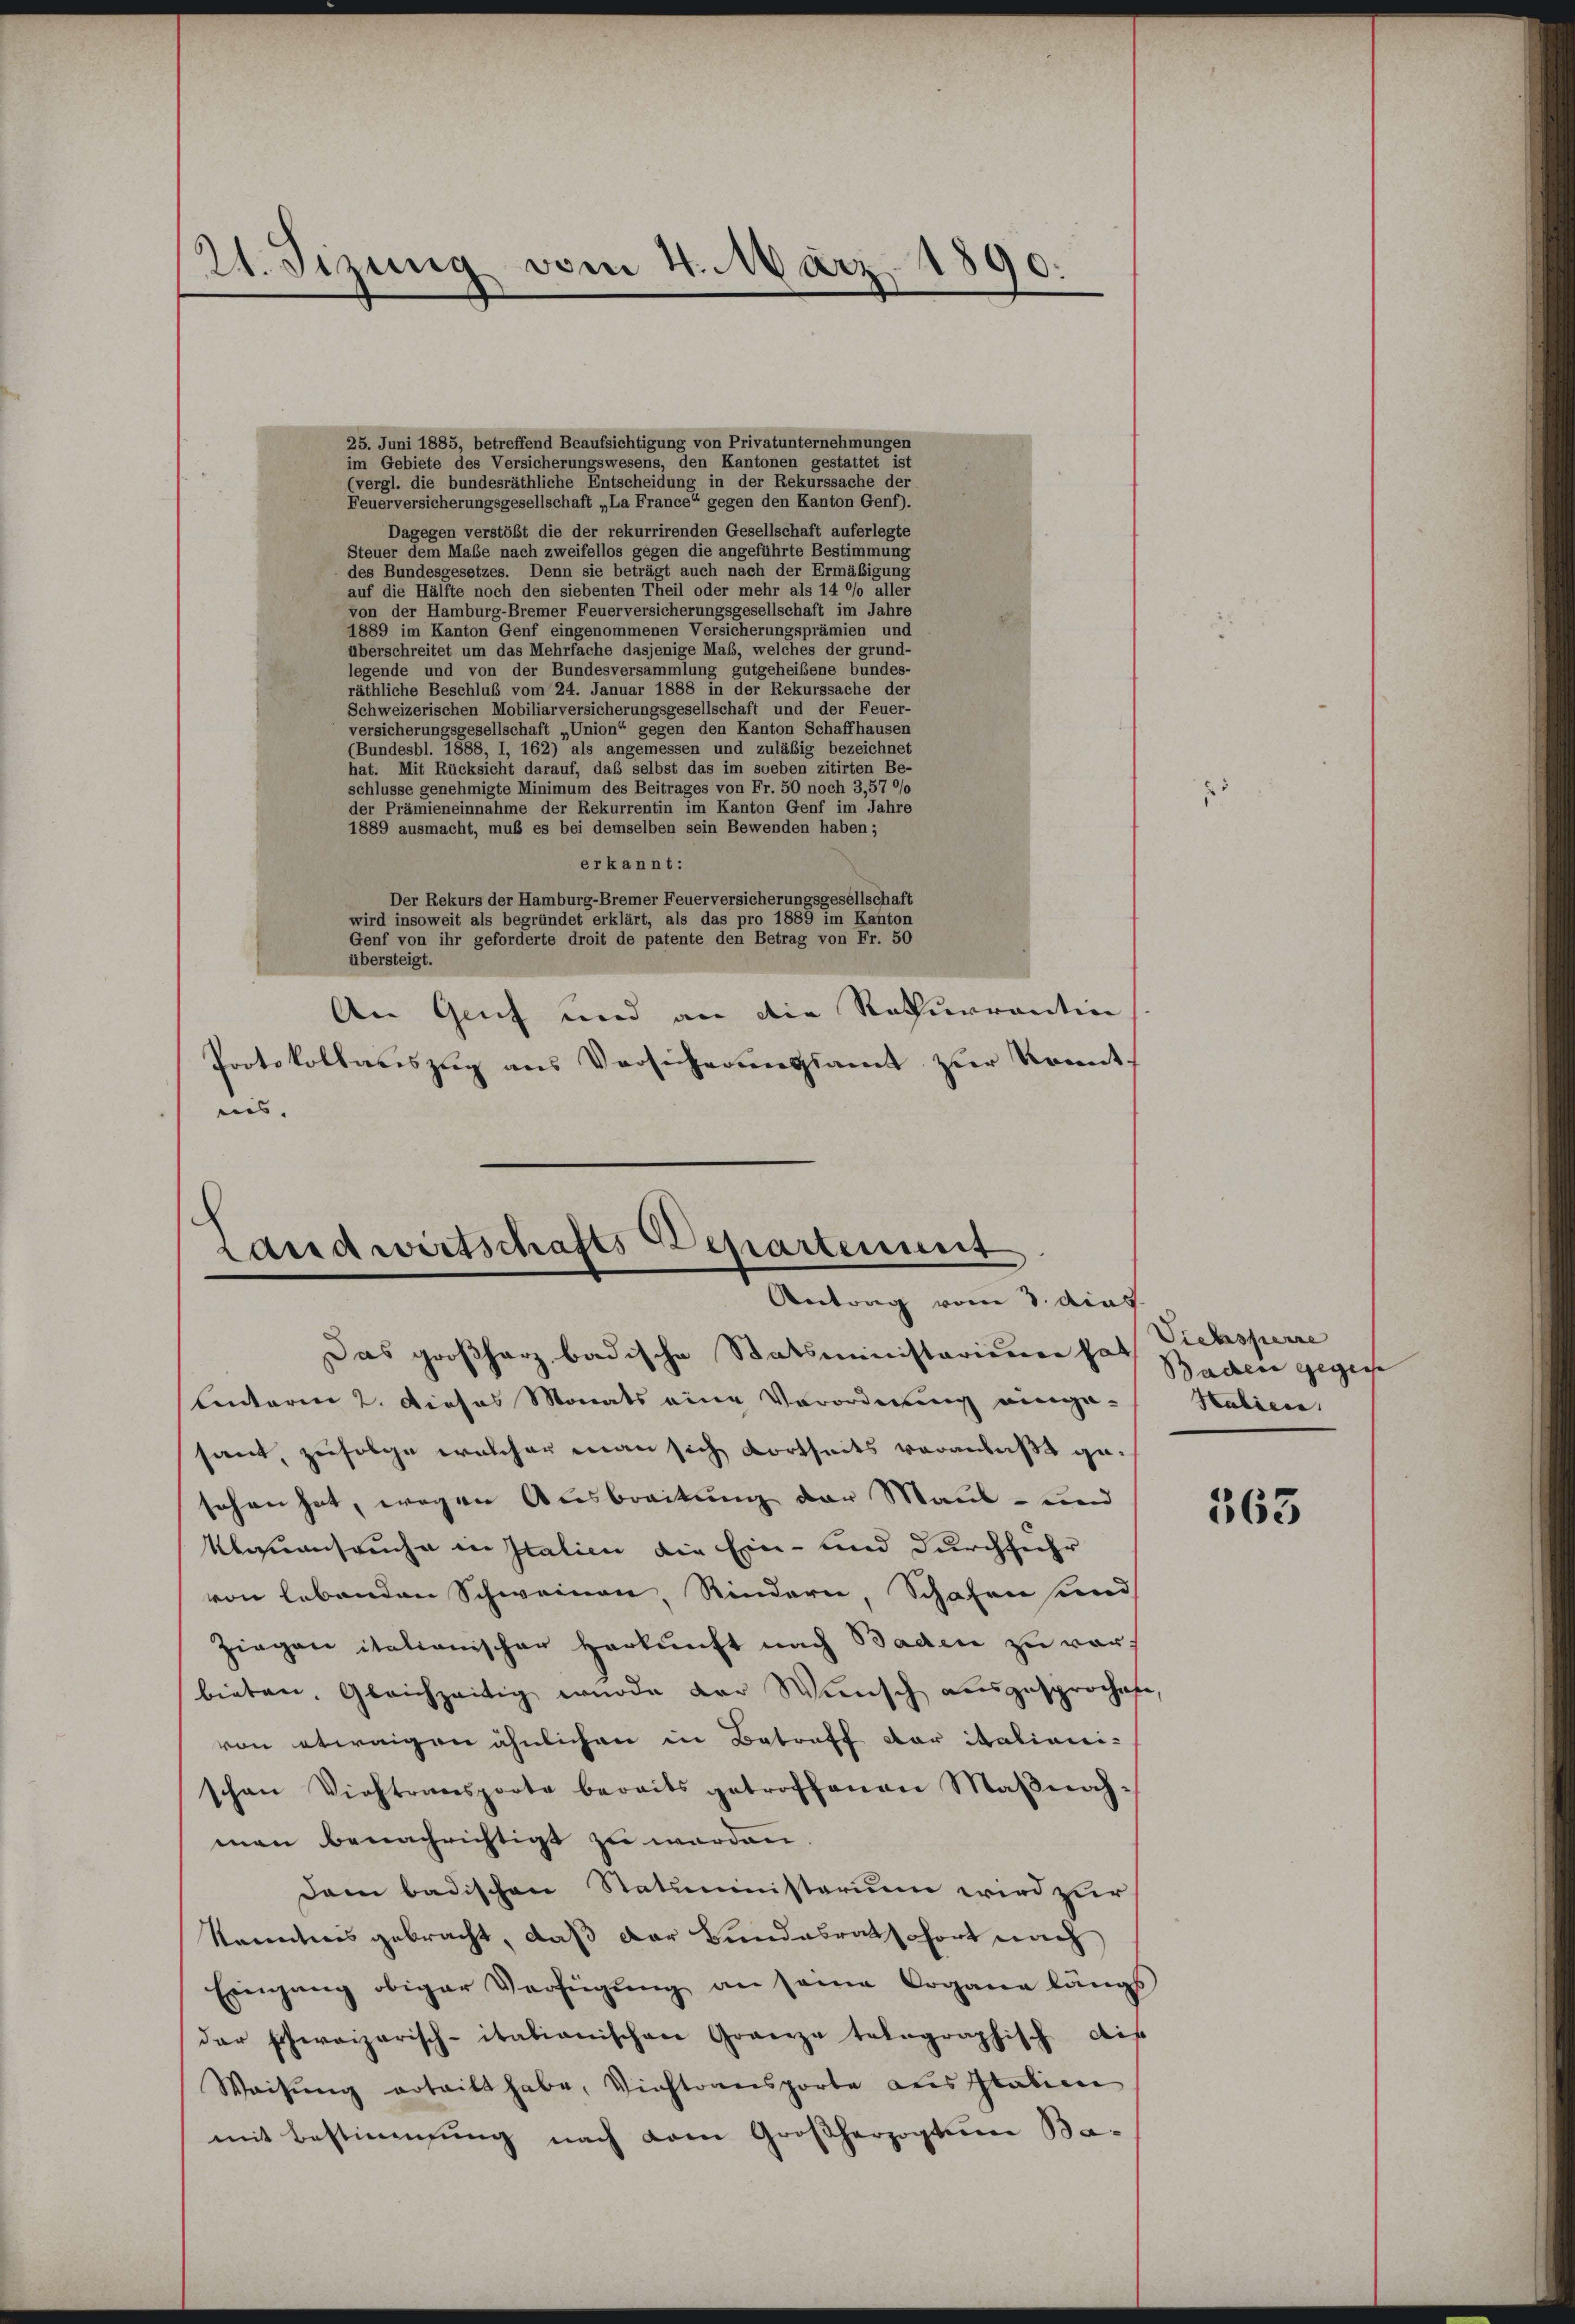
21. dirung vom 4. März 1890.

25. Juni 1885, betreffend Beaufsichtigung von Privatunternehmungen
im Gebiete des Versicherungswesens, den Kantonen gestattet ist
(vergl. die bundesräthliche Entscheidung in der Rekurssache der
Feuerversicherungsgesellschaft „La France“ gegen den Kanton Genf).
Dagegen verstößt die der rekurrirenden Gesellschaft auferlegte
Steuer dem Maße nach zweifellos gegen die angeführte Bestimmung
des Bundesgesetzes. Denn sie beträgt auch nach der Ermäßigung
auf die Hälfte noch den siebenten Theil oder mehr als 14 °/o aller
von der Hamburg-Bremer Feuerversicherungsgesellschaft im Jahre
1889 im Kanton Genf eingenommenen Versicherungsprämien und
überschreitet um das Mehrfache dasjenige Maß, welches der grund-
legende und von der Bundesversammlung gutgeheißene bundes-
räthliche Beschluß vom 24. Januar 1888 in der Rekurssache der
Schweizerischen Mobiliarversicherungsgesellschaft und der Feuer-
versicherungsgesellschaft „Union“ gegen den Kanton Schaffhausen
(Bundesbl. 1888, I, 162) als angemessen und zuläßig bezeichnet
hat. Mit Rücksicht darauf, daß selbst das im soeben zitirten Be-
schlüsse genehmigte Minimum des Beitrages von Fr. 50 noch 3,570/0
der Prämieneinnahme der Rekurrentin im Kanton Genf im Jahre
1889 ausmacht, muß es bei demselben sein Bewenden haben;
erkannt:
Der Rekurs der Hamburg-Bremer Feuerversicherungsgesellschaft
wird insoweit als begründet erklärt, als das pro 1889 im Kanton
Genf von ihr geforderte droit de patente den Betrag von Fr. 50
übersteigt.
An Genf und an die Rekurrention
Protokollariszug aus Versicherungsamt zur Kenntnis. |

Landwirtschafts Departement
Antrag vom 3. Auf

Das großherz badische Statsministariume hat
Centarier 2. Dieses Monats eine Verordnung einge-
sant, zufolge welcher man sich dortseits veranlaßt gesehen hat, wegen Ausbreitung der Maul- und
Mbauenseuche in Italien die Ein- und durchführ
von lebenden Schweinen, Rindern, Schafen und
Ziegen italienischer Herkunft nach Baden zu vorbieten. Gleichzeitig wurde der Wunsch ausgesprochete,
von etwaigen ähnlichen in Betreff der italiani-
schon Viehtransporte bereits getroffenen Maβnahman benachrichtigt zu werden
dam badischen Statuistorium wird zur
Kenntnis gebracht, daß der Bundesrat sofort nach
Eingang obiger Verfügŭng an seine Organe längs
der schweizerisch-italianischen Granze telegraphisch dis
Weisŭng erteilt habe, Viehtransporte aus Italien
mit Bestimmung nach vom Großherzogtum Ba¬

Viehsperre
Baden gegen
Halien.

363